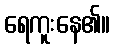
ရေကူးနေ၏။